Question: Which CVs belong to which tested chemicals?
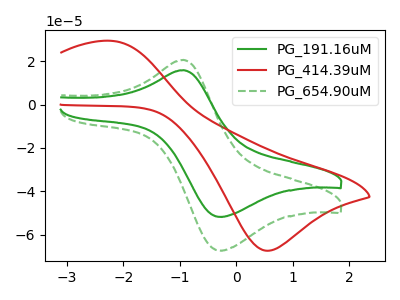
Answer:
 <answer>The green curve is labeled "PG_191.16uM". The red curve is labeled "PG_414.39uM". The green dashed curve is labeled "PG_654.90uM".</answer>
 <eval></eval>